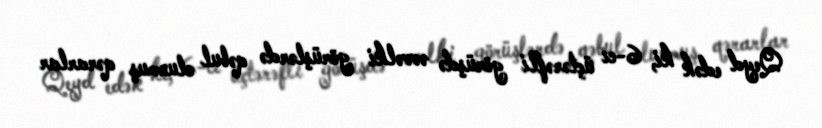
Qeyd edək ki, 6-cı üçtərəfli görüşdə əvvəlki görüşlərdə qəbul olunmuş qərarlar